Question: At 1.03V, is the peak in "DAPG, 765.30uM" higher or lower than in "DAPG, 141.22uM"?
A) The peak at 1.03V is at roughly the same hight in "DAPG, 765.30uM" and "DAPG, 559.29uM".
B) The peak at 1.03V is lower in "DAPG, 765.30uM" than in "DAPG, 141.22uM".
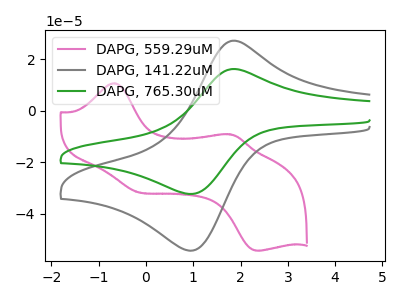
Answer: <think>The pink curve "DAPG, 559.29uM" has anodic peaks at (-0.65V, 10.65uA) (1.75V, -9.15uA) and cathodic peaks at (-0.25V, -31.35uA) (2.35V, -54.35uA). The gray curve "DAPG, 141.22uM" has an anodic peak at (1.85V, 27.20uA) and a cathodic peak at (1.05V, -54.20uA). The green curve "DAPG, 765.30uM" has an anodic peak at (1.85V, 16.20uA) and a cathodic peak at (1.05V, -32.25uA).</think>
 <answer>B) The peak at 1.03V is lower in "DAPG, 765.30uM" than in "DAPG, 141.22uM".</answer>
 <eval>B</eval>